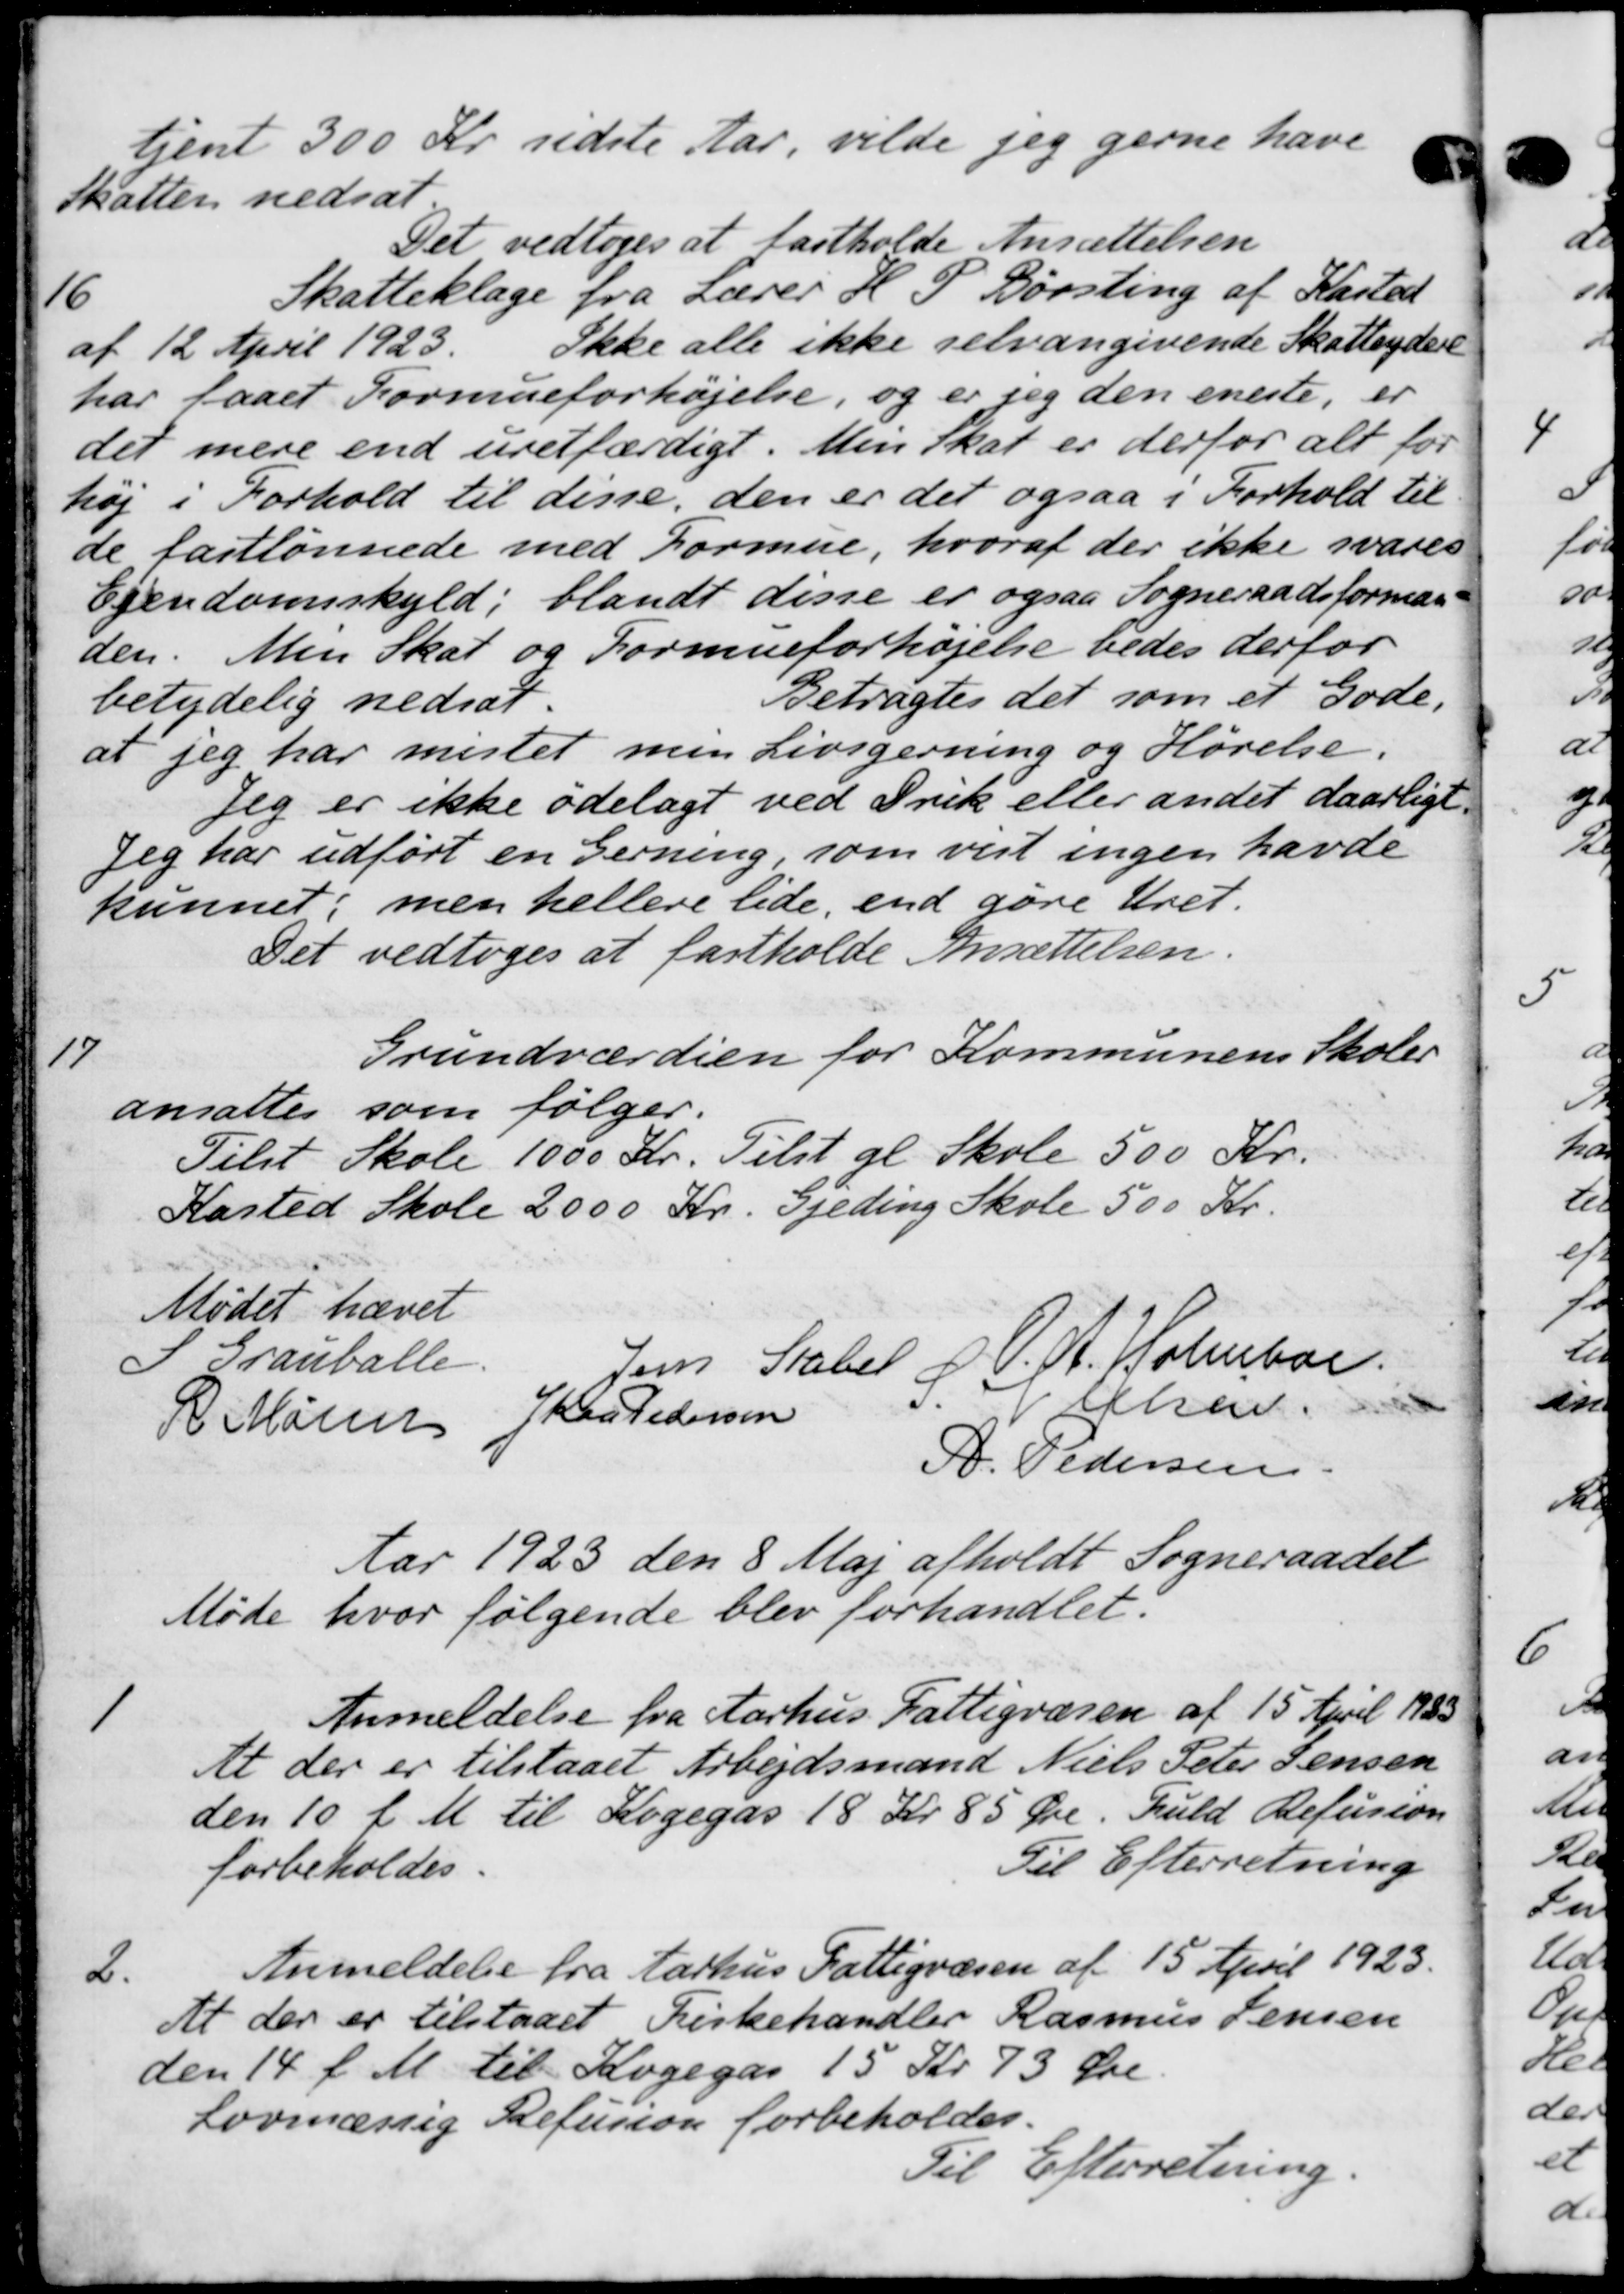
Transskription:
tjent 300 Kr. sidste Aar, vilde jeg gerne have
Skatten nedsat
Det vedtoges at fastholde Ansættelsen
16
Skatteklage fra Lærer H. P. Børsting af Kasted
af 12 April 1923. Ikke alle ikke selvangivende Skatteydere
har faaet Formueforhøjelse, og er jeg den eneste, er
det mere end uretfærdigt. Men skat er derfor alt for
høj i Forhold til disse, den er det ogsaa i Forhold til
de fastlønnede med Formue, hvoraf der ikke svares
Ejendomsskyld, blandt disse er ogsaa Sogneraadsforman-
den. Men Skat og Formueforhøjelse bedes derfor
betydelig nedsat.
Betragtes det som et Gode,
at jeg har mister men Livsgerning og Hørelse.
Jeg er ikke ødelagt ved Frik eller andet daarligt.
Jeg har udført en Gerning, som vist ingen havde
kunnet; men hellere lide, end gøre Uret.
Det vedtoges at fastholde Ansættelsen.
17
Grundværdien for Kommunens Skoler
ansattes som følger.
Tilst Skole 1000 Kr. Tilst gl Skole 500 Kr.
Kasted Skole 2000 Kr. Gjeding Skole 500 Kr.
Mødet hævet
I Grauballe.
Jens Stabel
S. A. Holmboe
R Maren Jan Pedersen
epler.
A. Pedersen
Aar 1923 den 8 Maj afholdt Sogneraadet
Møde hvor følgende blev forhandlet.
1
Anmeldelse fra Aarhus Fattigvæsen af 15 April 1923
At der er tilstaaet Arbejdsmand Niels Peter Jensen
den 10 f. M. til Kogegas 18 Kr. 85 Øre. Fuld Refusion
forbeholdes.
Til Efterretning
2.
Anmeldelse fra Aarhus Fattigvæsen af 15 April 1923.
At der er tilstaaet Kirkehandler Rasmus Jensen
den 14 f. M. til Kogegas 15 Kr. 73 Øre.
Lovmæssig Refusion forbeholdes.
Til Efterretning